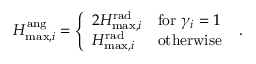
\begin{array} { r } { H _ { \mathrm { m a x } , i } ^ { \mathrm { a n g } } = \left\{ \begin{array} { l l } { 2 H _ { \mathrm { m a x } , i } ^ { \mathrm { r a d } } } & { \mathrm { f o r } \ \gamma _ { i } = 1 } \\ { H _ { \mathrm { m a x } , i } ^ { \mathrm { r a d } } } & { \mathrm { o t h e r w i s e } } \end{array} \right. \ . } \end{array}